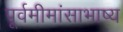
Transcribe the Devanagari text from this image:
पूर्वमीमांसाभाष्य